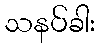
သနပ်ခါး